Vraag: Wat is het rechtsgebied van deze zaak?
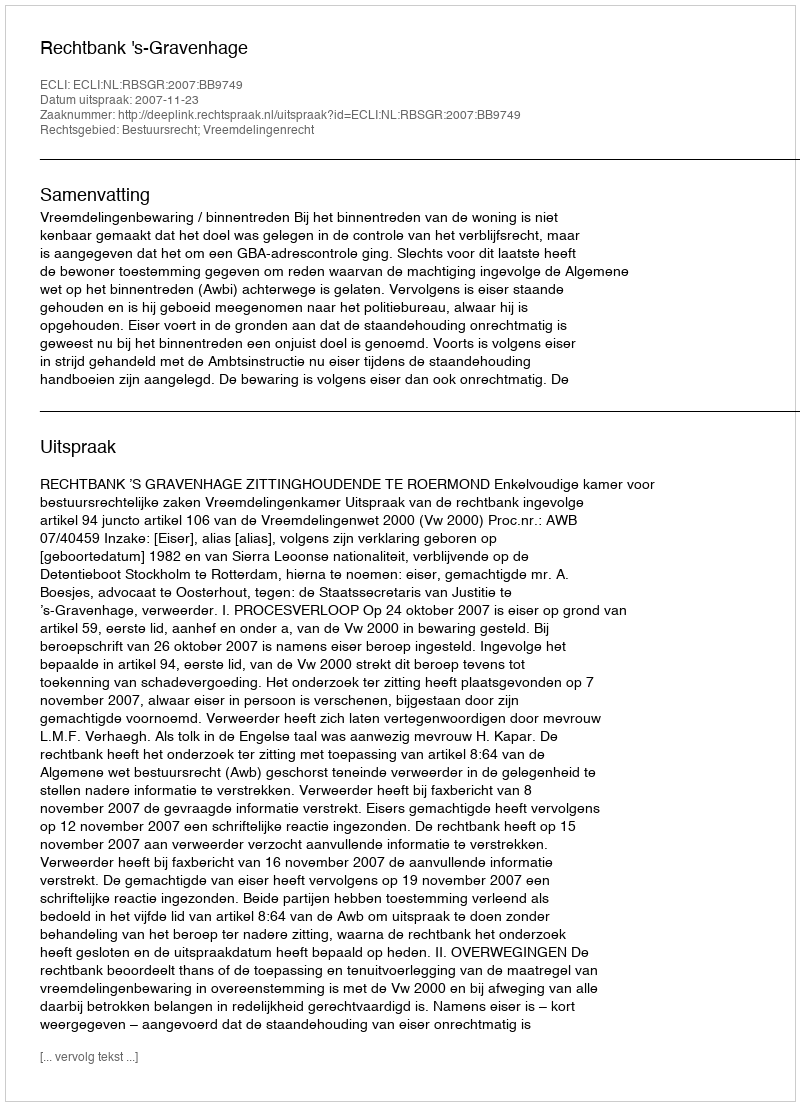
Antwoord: Bestuursrecht; Vreemdelingenrecht